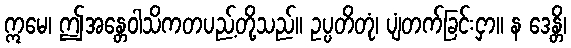
ဣမေ၊ ဤအန္တေဝါသိကတပည့်တို့သည်။ ဥပ္ပတိတုံ၊ ပျံတက်ခြင်းငှာ။ န ဒေန္တိ၊